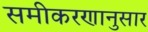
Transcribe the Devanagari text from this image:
समीकरणानुसार